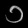
Digit: ၁